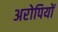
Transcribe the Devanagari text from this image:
अरोपियों